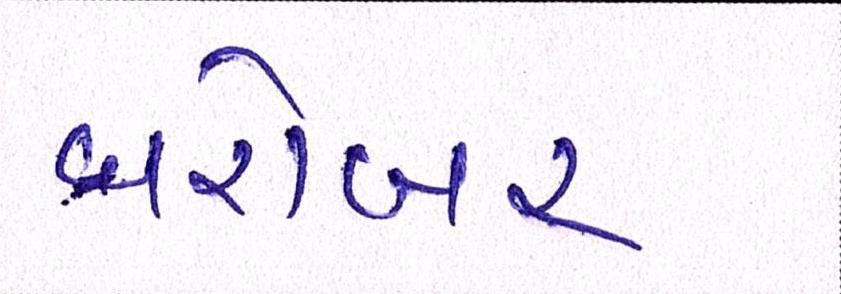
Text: બરોબર